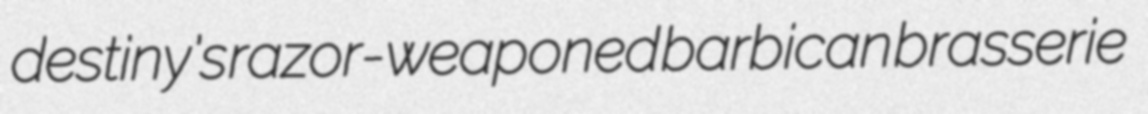
destiny's razor-weaponed barbican brasserie